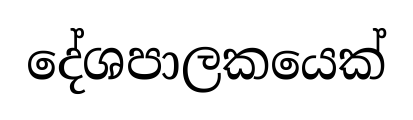
දේශපාලකයෙක්